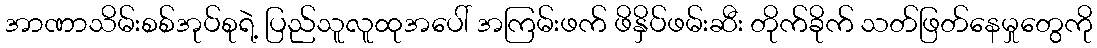
အာဏာသိမ်းစစ်အုပ်စုရဲ့ ပြည်သူလူထုအပေါ် အကြမ်းဖက် ဖိနှိပ်ဖမ်းဆီး တိုက်ခိုက် သတ်ဖြတ်နေမှုတွေကို